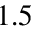
1 . 5